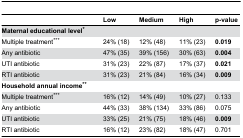
|  | Low | Medium | High | p-value |
 | --- | --- | --- | --- | --- |
 | Maternal educational level* |  |  |  |  |
 | Multiple treatment*** | 24% (18) | 12% (48) | 11% (23) | 0.019 |
 | Any antibiotic | 47% (35) | 39% (156) | 30% (63) | 0.004 |
 | UTI antibiotic | 31% (23) | 22% (87) | 17% (37) | 0.021 |
 | RTI antibiotic | 31% (23) | 21% (84) | 16% (34) | 0.009 |
 | Household annual income** |  |  |  |  |
 | Multiple treatment*** | 16% (12) | 14% (49) | 10% (27) | 0.133 |
 | Any antibiotic | 44% (33) | 38% (134) | 33% (86) | 0.075 |
 | UTI antibiotic | 33% (25) | 21% (75) | 18% (46) | 0.009 |
 | RTI antibiotic | 16% (12) | 23% (82) | 18% (47) | 0.701 |